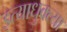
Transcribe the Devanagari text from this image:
इत्याधुक्त्या